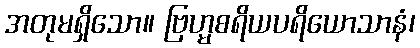
အတုမရှိသော။ ဗြဟ္မစရိယပရိယောသာနံ၊